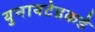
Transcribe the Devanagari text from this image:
युनायटेडकडे